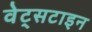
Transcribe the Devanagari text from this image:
वेट्सटाइन